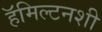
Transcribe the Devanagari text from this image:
हॅमिल्टनशी